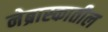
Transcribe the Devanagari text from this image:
नेब्रास्कातील